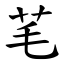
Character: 芼